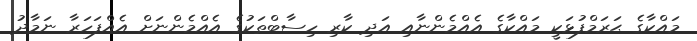
މައްކާގެ ޙަރަމްފުޅަކީ މައްކާގެ އެއްމެންނާއި އަދި ކާރި ހިސާބްތަކުގެ އެއްމެންނަށް އެއްފަހަރާ ނަމާދު